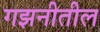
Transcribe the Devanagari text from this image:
गझनीतील